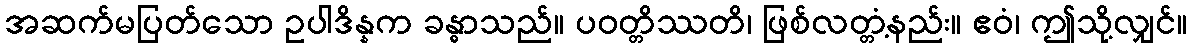
အဆက်မပြတ်သော ဥပါဒိန္နက ခန္ဓာသည်။ ပဝတ္တိဿတိ၊ ဖြစ်လတ္တံ့နည်း။ ဧဝံ၊ ဤသို့လျှင်။